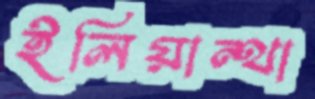
ইলিয়ান্থা